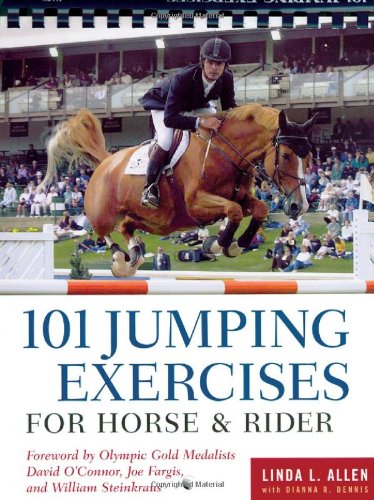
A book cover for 101 Jumping Exercises for Horse & Rider; Linda Allen; Crafts, Hobbies & Home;